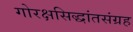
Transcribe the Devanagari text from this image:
गोरक्षसिद्धांतसंग्रह